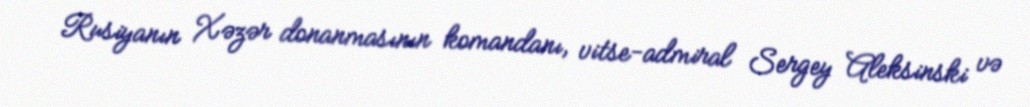
Rusiyanın Xəzər donanmasının komandanı, vitse-admiral Sergey Aleksinski və